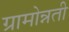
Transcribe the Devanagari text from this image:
ग्रामोन्नती